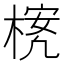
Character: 𪳃